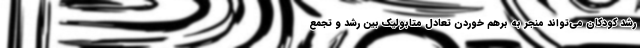
رشد کودکان می‌تواند منجر به برهم خوردن تعادل متابولیک بین رشد و تجمع